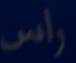
واس